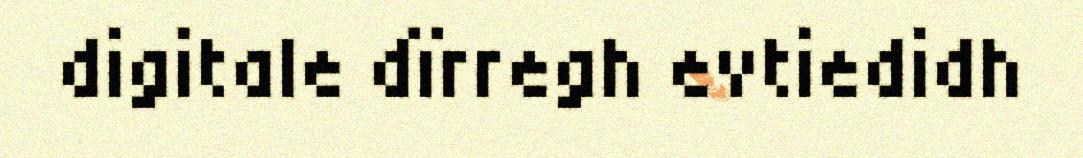
digitale dïrregh evtiedidh